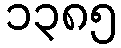
၁၃၈၅